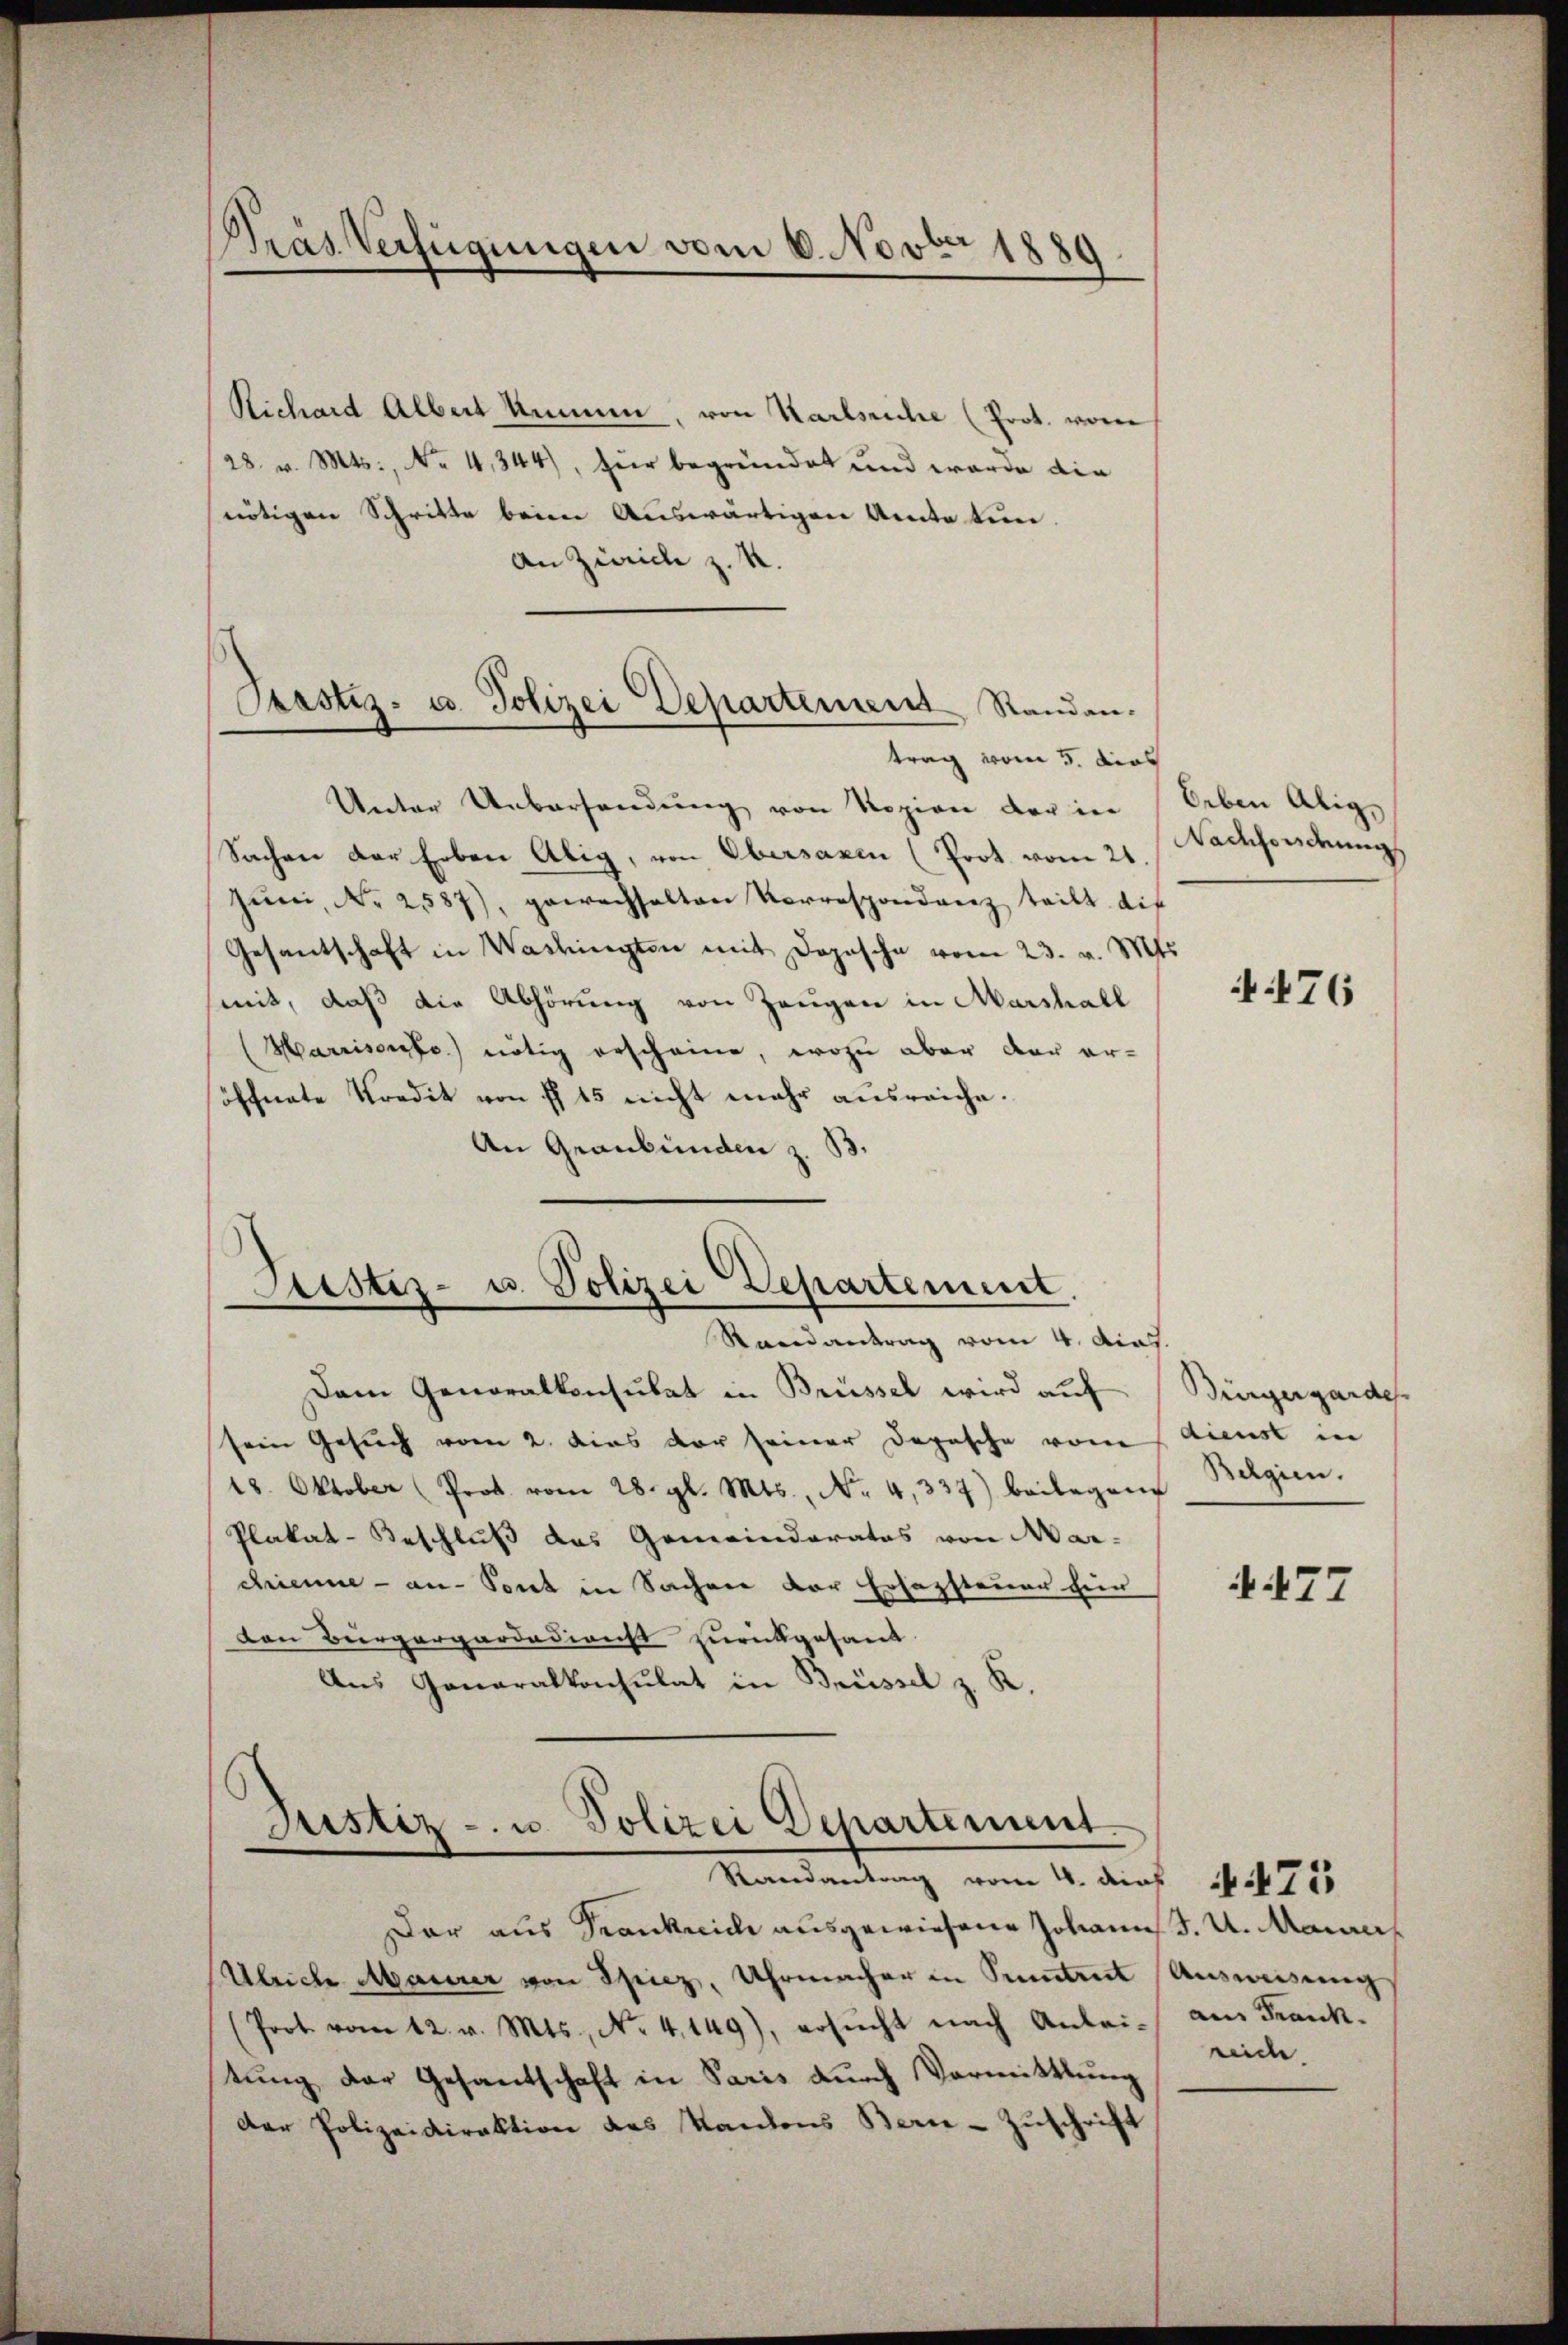
Richard Albert Unmen, von Karlsriche (Prot. von
28. v. Mts., No 4,344), für begründet und werde die
nötigen Schritte beim Auswärtigen Amte tun.
An Zürich z. R.
trag vom 5. dies
Unter Uebersendung von Rozion der in
Sachen der Erben Alig, von Obersaxen (Prot. vom 21
Jŭni, Nr. 2587), gewachhalten Vorrespondenz teilt dif
Gesantschaft in Washingten mit Depesche vom 23. v. Mts.
mit, daß die Abhörung von Zeugen in Marshall
Marrisante nötig erscheine, wozu aber der eröffnete Kredit von fl 15 nicht mehr ausreiche.
An Graubünden z. B.

Pras Verfügungen vom 6. Novber 1889

Prastiz- u. Polizei Departement, Randen.

Justiz- u. Polizei Departement.

Randantrag vom 4. dat.
Dem Generalkonsulat in Brüssel wird auf
sein Gesuch vom 2. dies vor seiner Depesche vom
18. Oktober (Prot. vom 28. gl. Mts., Nr. 4,337) beibegem Belgien.
Plakat-Beschluß das Gemeinderates von Mar-
chienne - an-Pont in Sachen der Ersazsteuer für
den Burgergardadirecht zurückgesand
Aus Gonaralkonsulat in Brüssel z. R.

Justiz- u. Polizei Departement.
Randantrag vom 4. d. 1785

Dar aus Trankreich ausgewiesene Johann J. U. Maurer¬
Ulriche Maurer von Spiez, Uhrmacher in Puntret
(Poot vom 12. v. Mts., No. 4149), ersŭcht nach Anlei-
tung der Gesandschaft in Paris durch Vormittlung
Der Polizeidirektion des Kantons Bern-Zŭschrift

leben Alig,
Nachforderung

476

Bürgergarde
dienst in

4477

Ausweisung
aus Frank.
reiche